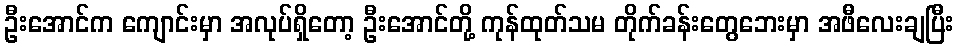
ဦးအောင်က ကျောင်းမှာ အလုပ်ရှိတော့ ဦးအောင်တို့ ကုန်ထုတ်သမ တိုက်ခန်းတွေဘေးမှာ အဖီလေးချပြီး